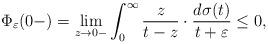
LaTeX: \begin{align*} \Phi_\varepsilon(0-) = \lim_{z\to0-}\int_0^\infty\frac{z}{t-z}\cdot\frac{d\sigma(t)}{t+\varepsilon}\le 0, \end{align*}